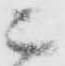
ニ